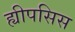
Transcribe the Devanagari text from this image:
ह्यीपसिस